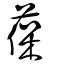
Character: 葆